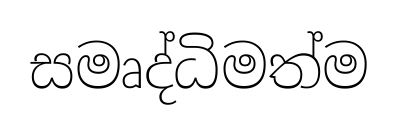
සමෘද්ධිමත්ම